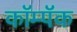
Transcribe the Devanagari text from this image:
कॉम्पॅक